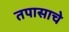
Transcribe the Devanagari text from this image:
तपासाचे